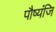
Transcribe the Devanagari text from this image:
पौष्यंजि